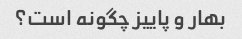
بهار و پاییز چگونه است؟